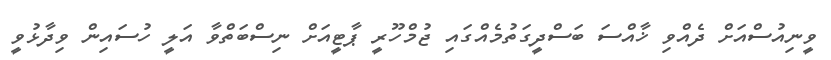
ވީނިއުސްއަށް ދެއްވި ޚާއްސަ ބަސްދީގަތުމެއްގައި ޖުމްހޫރީ ޕާޓީއަށް ނިސްބަތްވާ އަލީ ހުސައިން ވިދާޅުވީ